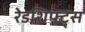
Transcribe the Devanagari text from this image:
रेडशिफ्ट्स